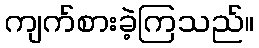
ကျက်စားခဲ့ကြသည်။